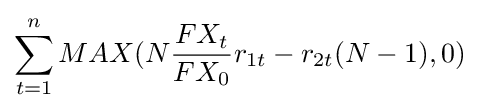
\sum _{t=1}^{n}MAX(N{\frac {FX_{t}}{FX_{0}}}r_{1t}-r_{2t}(N-1),0)